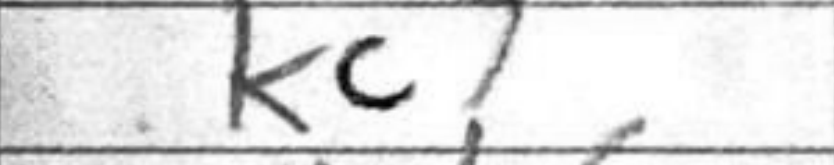
Transcription: Kc7